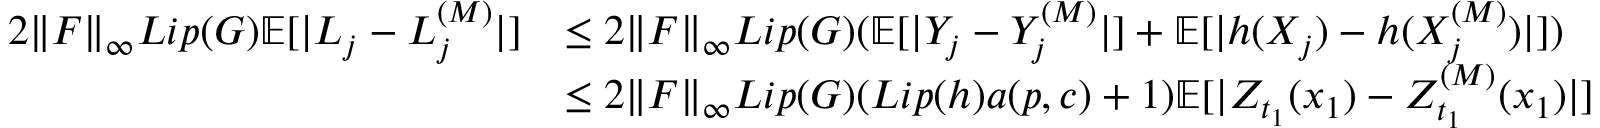
\begin{array} { r l } { 2 \| F \| _ { \infty } L i p ( G ) \mathbb { E } [ | L _ { j } - L _ { j } ^ { ( M ) } | ] } & { \leq 2 \| F \| _ { \infty } L i p ( G ) ( \mathbb { E } [ | Y _ { j } - Y _ { j } ^ { ( M ) } | ] + \mathbb { E } [ | h ( X _ { j } ) - h ( X _ { j } ^ { ( M ) } ) | ] ) } \\ & { \leq 2 \| F \| _ { \infty } L i p ( G ) ( L i p ( h ) a ( p , c ) + 1 ) \mathbb { E } [ | Z _ { t _ { 1 } } ( x _ { 1 } ) - Z _ { t _ { 1 } } ^ { ( M ) } ( x _ { 1 } ) | ] } \end{array}